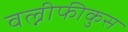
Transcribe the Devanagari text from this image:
वल्नीफीकुस